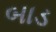
બાડ